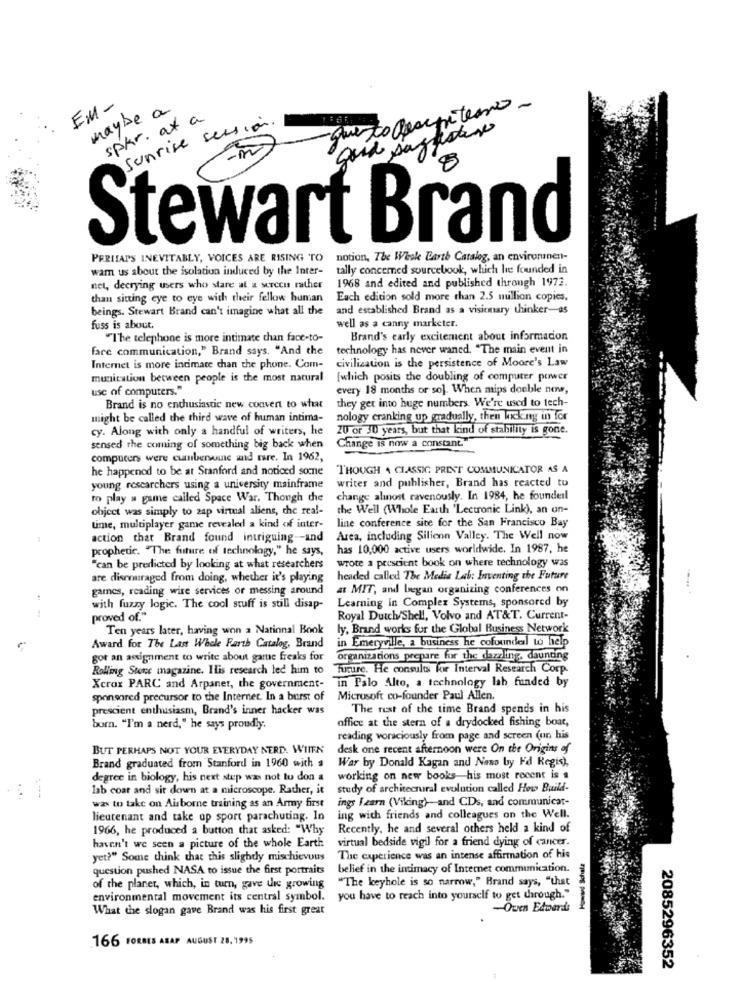
EM-
maybe a
questo compitemso -
spkr. ax a
sunrise session.
god sagasta
-in
Stewart Brand
PERISAPS INEVITABLY, VOICES ARE RISING TO
notion, The Weak Barth Catalog, an environinen-
wam us about the isolation induced by the Inter-
tally concerned sourcebook, which he founded in
1968 and edited and published through 1972.
net, decrying users who stare at a serccus rather
than sitting eye to eye with their fellow hunan
Each edition sold more than 2.5 million copies,
beings. Stewart Brand can't imagine what all the
and established Brand as a visitmary thinker-as
fuss is about.
well as a canny marketer.
"The telephone is more intimate chan face-to-
Brand's early excitement about information
fare communication," Brand says, "And the
technology has never waned. "The main event in
civilization is the persistence of Moore's Law
Internet is more intimate chan the phone. Com-
munication between people is the most natural
[which posits the doubling of computer power
use of computers."
every 18 months or so]. When mips double nens,
they get into huge numbers. We're used to tech-
Brand is no enthusiastic new convert to what
might be called the third wave of human intima-
nology cranking up gradually, then kicking in for
cy. Along with only a handful of writers, he
20 of 30 years, but that kind of stability is gone.
sensed the coming of something big back when
Change is now a constant
computers were cumberswine and rare. In 1962,
he happened to be at Stanford and noticed some
THOUGH A CLASSIC PRINT COMMUNICATOR AS A
writer and publisher, Brand has reacted tu
young researchers using a university mainframe
to play a game called Space War. Though che
change almost ravenously. In 1984, he founderl
object was simply to zap virtual aliens, the real-
the Well (Whole Earth 'Lectronic Link), an on-
line conference site for the San Francisco Bay
time, multiplayer game revealed a kind of inter-
action that Brand found intriguing -- and
Area, including Silicon Valley. The Well now
prophetic. "The future of technology," he says,
has 10,000 active users worldwide. In 1987, he
wrote a prescient book on where technology was
"can be predicted by looking at what researchers
are discouraged from doing, whether it's playing
headed called The Media Lab: Inventing the Future
garnes, reading wire services or messing around
at MIT, and began organizing conferences on
Learning in Complex Systems, sponsored by
with fuzzy logic. The cool stuff is still disap-
proved of."
Royal Dutch/Shell, Volvo and AT&T. Current-
Ten years later, having won a National Book
ly, Brand works for the Global Business Network
in Emeryville, a business he cofoundel to help
Award for The Last Whole Farth Catalog, Brand
got an assignment to write about game freaks for
organizations prepare for the dazzling, daunting
Rolling Stone magazine. Ilis research led him to
Turure. He consults for Interval Research Corp.
Xerox PARC and Arpanet, the government- in Palo Alto, a technology lah funded by
sponsored precursor to the Internet. In a burst of
Microsoft co-founder Paul Allen.
prescient enthusiasm, Brand's inner hacker was
The rest of the time Brand spends in his
office at the stern of a drydocked fishing boat,
born. "I'm a nerd," he says proudly.
reading voraciously from page and screen (un his
BUT PERHAPS NOT YOUR EVERYDAY NERD. WIIEN
desk one recent afternoon were On the Origins of
Brand graduated from Stanford in 1960 with a
War by Donald Kagan and Nano by Fd Regis),
degree in biology, his next step was not to don a
working on new books his most recent is a
lab coar and sit down at a microscope. Rather, it
study of architectural evolution called How Build-
ings Fearn (Viking) and CDs, and communicat-
was to take on Airborne training as an Army first
lieutenant and take up sport parachuting. In
ing with friends and colleagues on the Well.
1966, he produced a button that asked: "Why
Recently, he and several others held a kind of
haven't we seen a picture of the whole Earth
virtual bedside vigil for a friend dying of cancer.
yet?" Some think that this slightly mischievous
The experience was an intense affirmation of his
Howund Schala
question pushed NASA to issue the first portraits
belief in the intimacy of Internet communication.
"The keyhole is so narrow," Brand says, "that
of the planet, which, in turn, gave die growing
environmental movement its central symbol. you have to reach into yourself to get through."
What the slogan gave Brand was his first great
-Oven Edwards
166 FORBES ASAP AUGUST 28.1995
2085296352